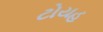
ટોયહ